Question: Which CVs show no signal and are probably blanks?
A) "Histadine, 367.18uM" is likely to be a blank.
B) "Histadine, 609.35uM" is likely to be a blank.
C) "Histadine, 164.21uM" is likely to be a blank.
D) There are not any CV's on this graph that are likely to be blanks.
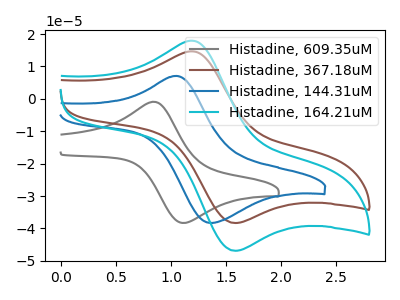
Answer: <think>The gray curve "Histadine, 609.35uM" has an anodic peak at (0.85V, -1.05uA) and a cathodic peak at (1.15V, -38.30uA). The brown curve "Histadine, 367.18uM" has an anodic peak at (1.20V, 14.65uA) and a cathodic peak at (1.55V, -38.30uA). The blue curve "Histadine, 144.31uM" has an anodic peak at (1.05V, 7.10uA) and a cathodic peak at (1.35V, -38.25uA). The cyan curve "Histadine, 164.21uM" has an anodic peak at (1.20V, 17.90uA) and a cathodic peak at (1.55V, -46.90uA).</think>
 <answer>D) There are not any CV's on this graph that are likely to be blanks.</answer>
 <eval>D</eval>